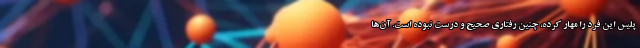
پلیس این فرد را مهار کرده، چنین رفتاری صحیح و درست نبوده است. آن‌ها